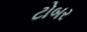
ટોબર